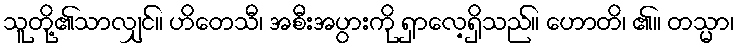
သူတို့၏သာလျှင်။ ဟိတေသီ၊ အစီးအပွားကို ရှာလေ့ရှိသည်။ ဟောတိ၊ ၏။ တသ္မာ၊